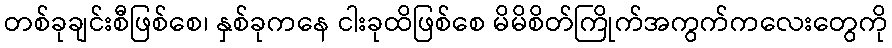
တစ်ခုချင်းစီဖြစ်စေ၊ နှစ်ခုကနေ ငါးခုထိဖြစ်စေ မိမိစိတ်ကြိုက်အကွက်ကလေးတွေကို